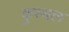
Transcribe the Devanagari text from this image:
कुरथल